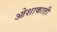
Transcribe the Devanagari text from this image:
ओशाकाती